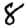
Digit: 8